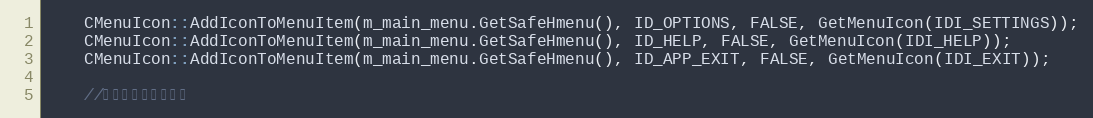
Language: C++
    CMenuIcon::AddIconToMenuItem(m_main_menu.GetSafeHmenu(), ID_OPTIONS, FALSE, GetMenuIcon(IDI_SETTINGS));
    CMenuIcon::AddIconToMenuItem(m_main_menu.GetSafeHmenu(), ID_HELP, FALSE, GetMenuIcon(IDI_HELP));
    CMenuIcon::AddIconToMenuItem(m_main_menu.GetSafeHmenu(), ID_APP_EXIT, FALSE, GetMenuIcon(IDI_EXIT));

    //任务栏窗口右键菜单